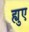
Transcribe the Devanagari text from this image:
ह्युए